Problem: 38 + 5 = ?
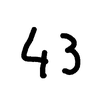
Handwritten answer: 43